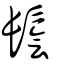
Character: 鬠